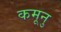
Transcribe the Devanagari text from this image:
कमूनु